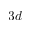
3 d